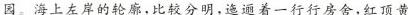
园。海上左岸的轮廓，比较分明，迤逦着一行行房舍，红顶黄